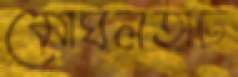
মোঘলহাট